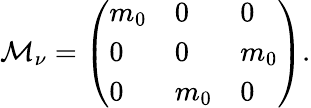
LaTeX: {\cal M}_{\nu}=\left(\begin{array}{lll}{{m_{0}}}&{{0}}&{{0}}\\ {{0}}&{{0}}&{{m_{0}}}\\ {{0}}&{{m_{0}}}&{{0}}\end{array}\right).